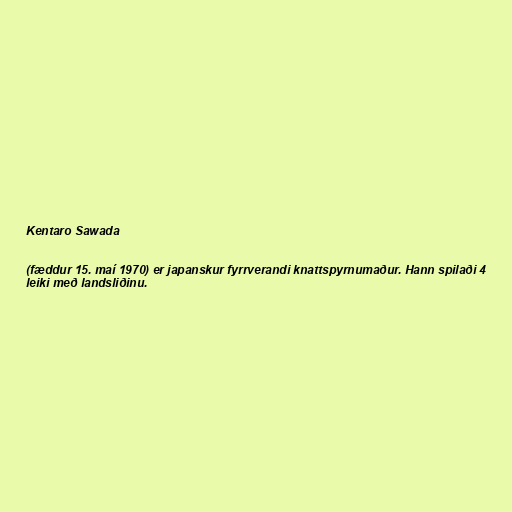
Kentaro Sawada

(fæddur 15. maí 1970) er japanskur fyrrverandi knattspyrnumaður. Hann spilaði 4
leiki með landsliðinu.